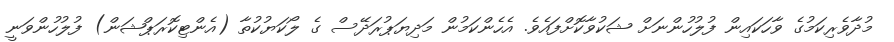
މުދާވެރިކަމުގެ ވާހަކައިން ފުލުހުންނަށް ޝަކުވާކޮށްފައެވެ. އެހެންކަމުން މަދިޔަޕުރަދޭސް ގެ ލޯކަޔުކުތާ (އެންޓިކޮރަޕްޝަން) ފުލުހުންވަނީ